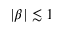
| \beta | \lesssim 1